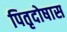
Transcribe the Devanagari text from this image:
पितृदोषास